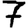
Digit: 7